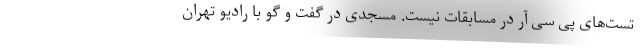
تست‌های پی سی آر در مسابقات نیست. مسجدی در گفت و گو با رادیو تهران